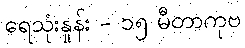
ရေသုံးနှုန်း - ၁၅ မီတာကုဗ